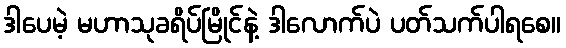
ဒါပေမဲ့ မဟာသုခရိပ်မြိုင်နဲ့ ဒါလောက်ပဲ ပတ်သက်ပါရစေ။